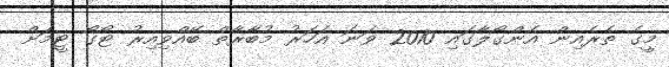
މީގެ ތެރެއިން އެންގޯލާގައި 2010 ވަނަ އަހަރު މުބާރާތް ބޭއްވިއިރު ޓޯގޯ ޓީމަށް